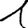
Digit: 1